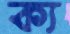
ক্য